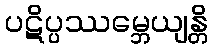
ပဋိပ္ပဿမ္ဘေယျန္တိ